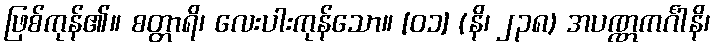
ဖြစ်ကုန်၏။ စတ္တာရိ၊ လေးပါးကုန်သော။ [၀၁] (နိ၊ ၂၃၈) အပဏ္ဏကင်္ဂါနိ၊